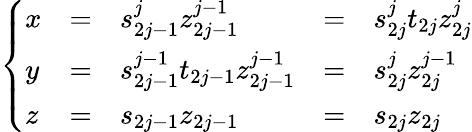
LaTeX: \left\{ \begin{array}{lclcl}{{x}}&{{=}}&{{s_{2j-1}^{j}z_{2j-1}^{j-1}}}&{{=}}&{{s_{2j}^{j}t_{2j}z_{2j}^{j}}}\\ {{y}}&{{=}}&{{s_{2j-1}^{j-1}t_{2j-1}z_{2j-1}^{j-1}}}&{{=}}&{{s_{2j}^{j}z_{2j}^{j-1}}}\\ {{z}}&{{=}}&{{s_{2j-1}z_{2j-1}}}&{{=}}&{{s_{2j}z_{2j}}}\end{array}\right.